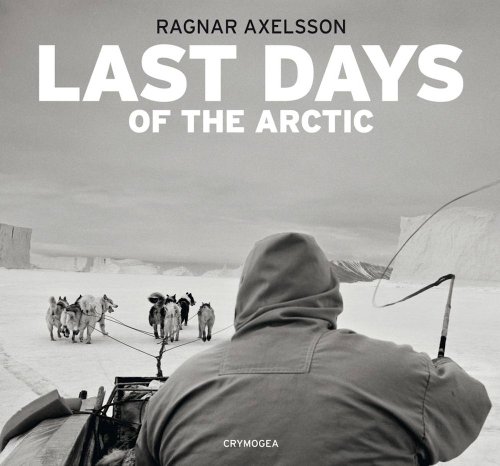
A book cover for Ragnar Axelsson: Last Days of the Arctic; Travel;